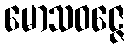
မောသဝဇ္ဇေ